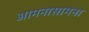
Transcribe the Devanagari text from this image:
आमनासामना